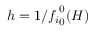
h = 1 / { f _ { i } } _ { 0 } ^ { 0 } ( H )